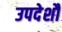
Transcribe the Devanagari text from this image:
उपदेशौं